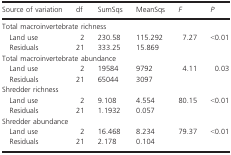
<table><thead><tr><td><b>Source of variation</b></td><td><b>df</b></td><td><b>SumSqs</b></td><td><b>MeanSqs</b></td><td><b><i>F</i></b></td><td><b><i>P</i></b></td></tr></thead><tbody><tr><td colspan="6">Total macroinvertebrate richness</td></tr><tr><td>Land use</td><td>2</td><td>230.58</td><td>115.292</td><td rowspan="2">7.27</td><td rowspan="2">&lt;0.01</td></tr><tr><td>Residuals</td><td>21</td><td>333.25</td><td>15.869</td></tr><tr><td colspan="6">Total macroinvertebrate abundance</td></tr><tr><td>Land use</td><td>2</td><td>19584</td><td>9792</td><td rowspan="2">4.11</td><td rowspan="2">0.03</td></tr><tr><td>Residuals</td><td>21</td><td>65044</td><td>3097</td></tr><tr><td colspan="6">Shredder richness</td></tr><tr><td>Land use</td><td>2</td><td>9.108</td><td>4.554</td><td rowspan="2">80.15</td><td rowspan="2">&lt;0.01</td></tr><tr><td>Residuals</td><td>21</td><td>1.1932</td><td>0.057</td></tr><tr><td colspan="6">Shredder abundance</td></tr><tr><td>Land use</td><td>2</td><td>16.468</td><td>8.234</td><td rowspan="2">79.37</td><td rowspan="2">&lt;0.01</td></tr><tr><td>Residuals</td><td>21</td><td>2.178</td><td>0.104</td></tr></tbody></table>